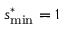
s _ { \mathrm { m i n } } ^ { * } = 1